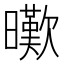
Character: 𣋸